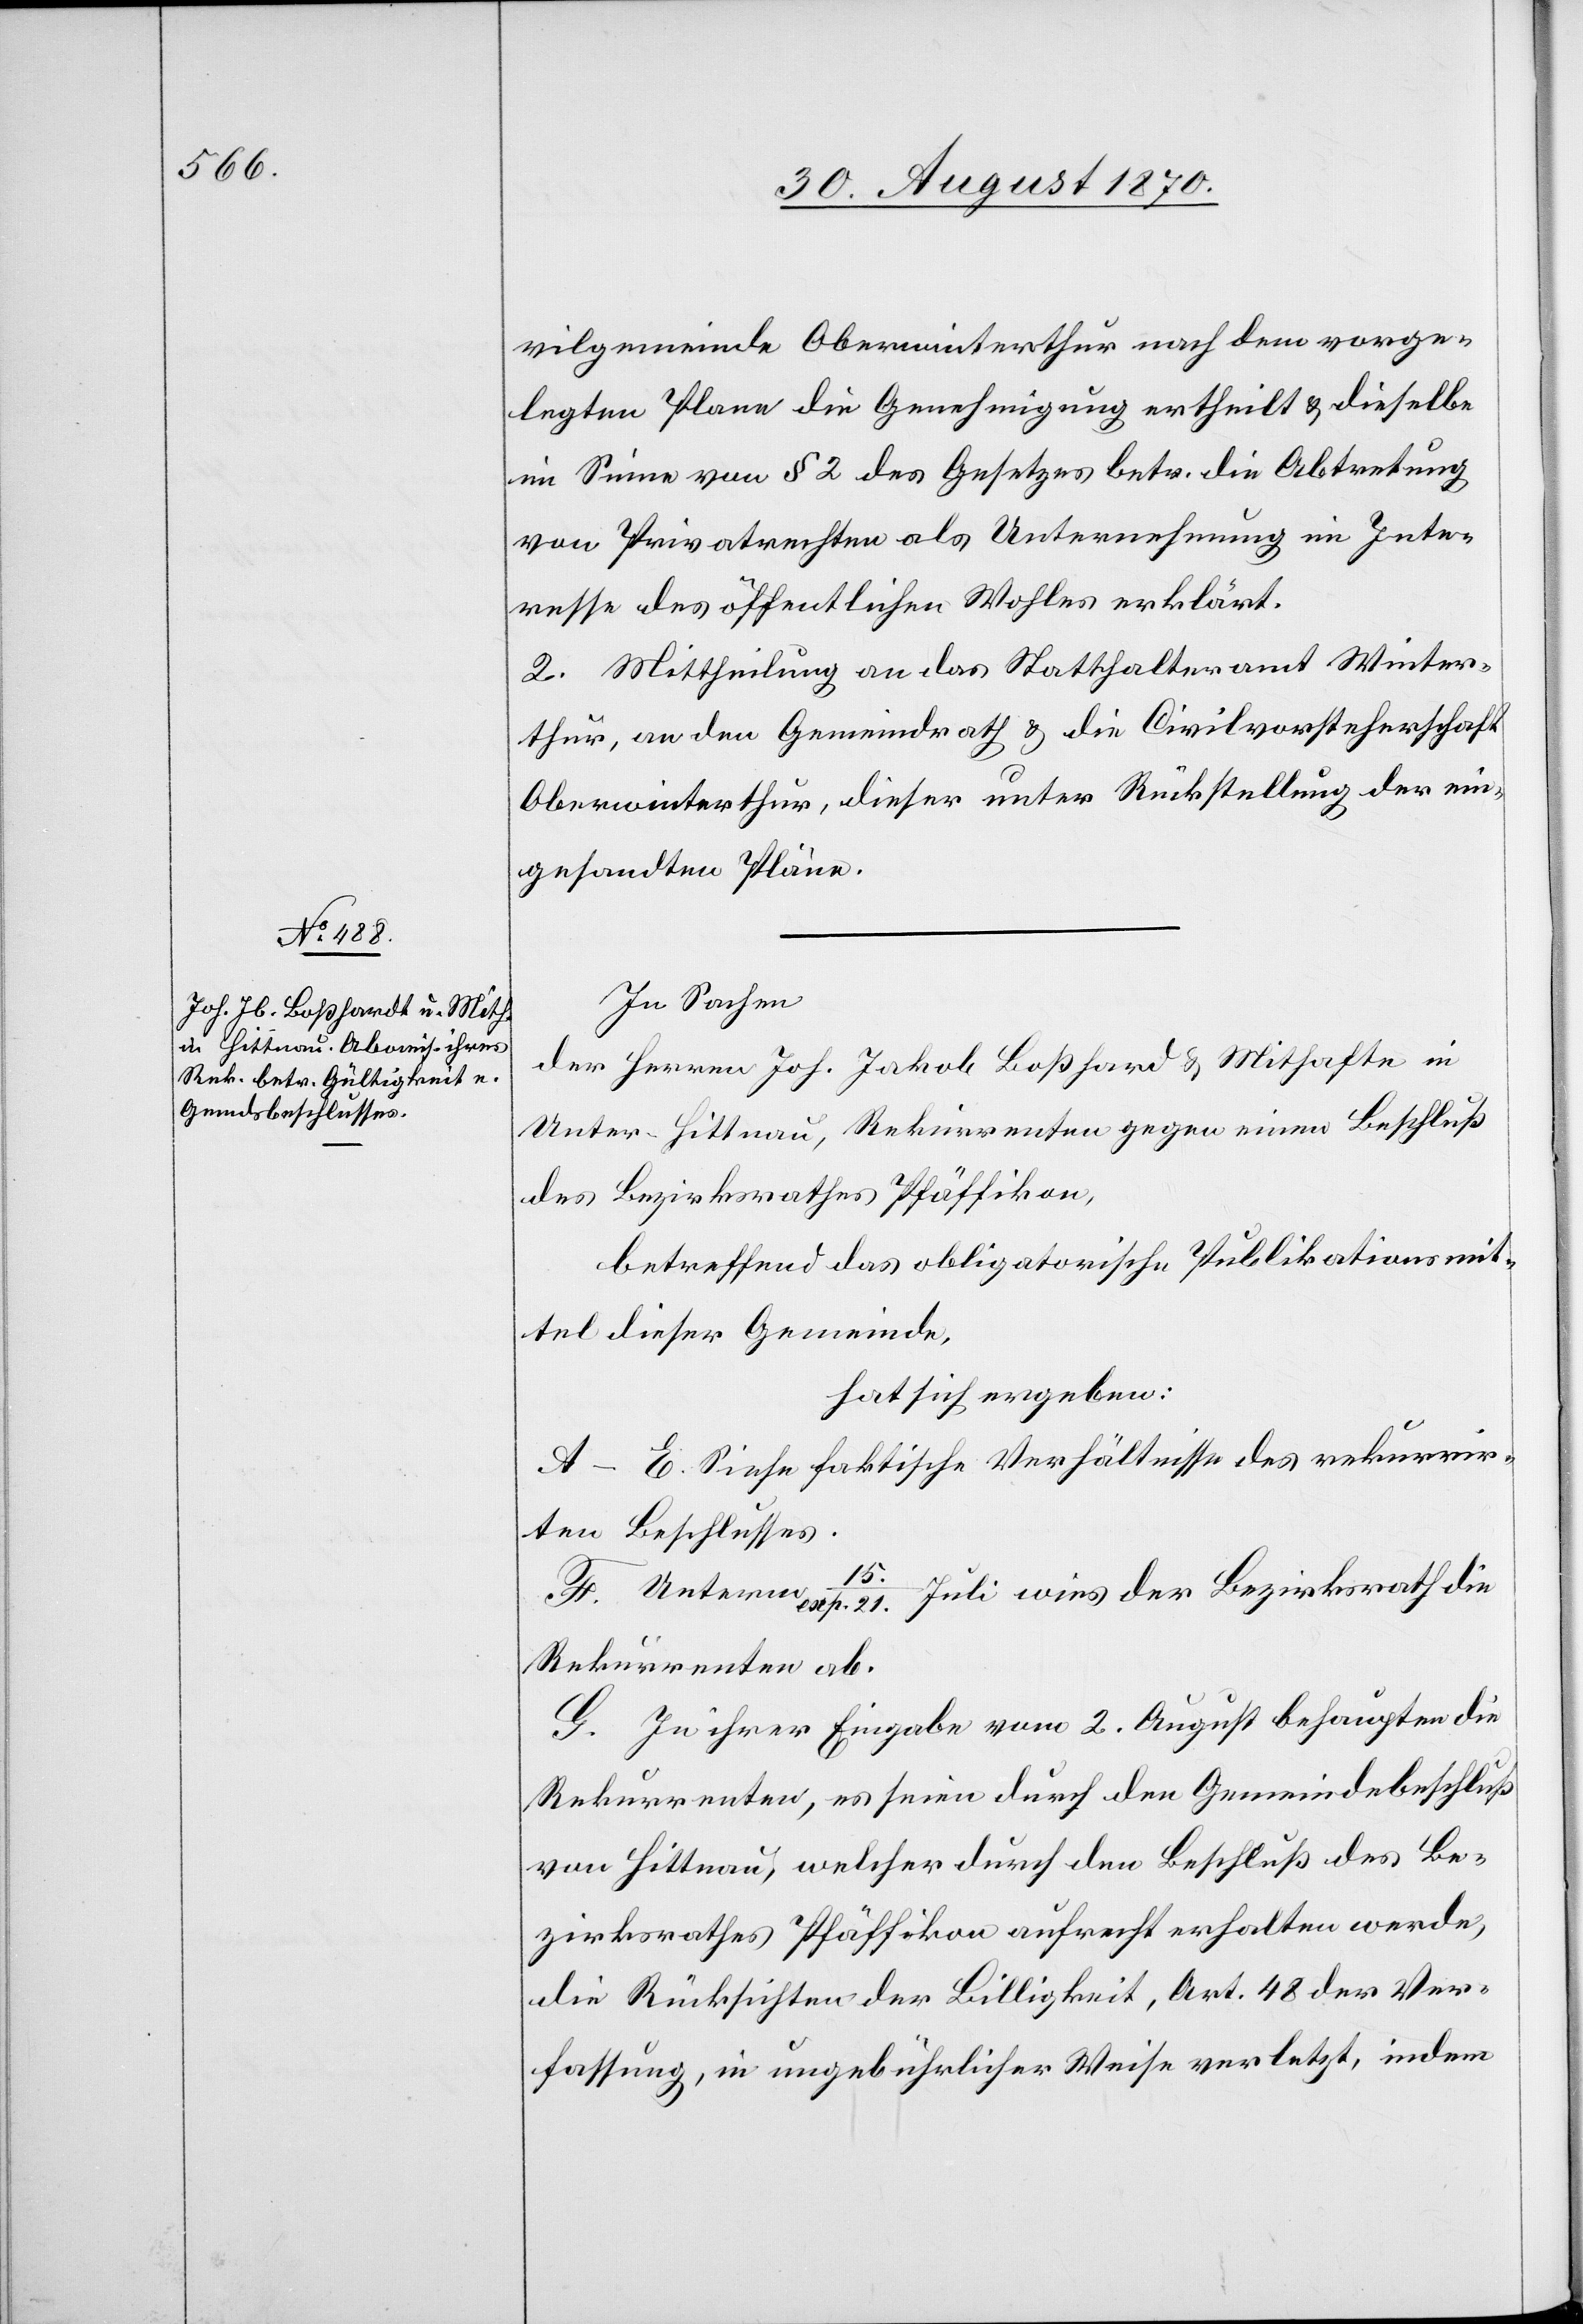
vilgemeinde Oberwinterthur nach dem vorge¬
legten Plane die Genehmigung ertheilt & dieselbe
im Sinne von § 2 des Gesetzes betr. die Abtretung
von Privatrechten als Unternehmung im Inte¬
resse des öffentlichen Wohles erklärt.
2. Mittheilung an das Statthalteramt Winter¬
thur, an den Gemeindrath & die Civilvorsteherschaft
Oberwinterthur, dieser unter Rückstellung der ein¬
gesandten Pläne.
In Sachen
der Herren Joh. Jakob Boßhard & Mithafte in
Unter-Hittnau, Rekurrenten gegen einen Beschluß
des Bezirksrathes Pfäffikon,
betreffend das obligatorische Publikationsmit¬
tel dieser Gemeinde,
hat sich ergeben:
A–E. Siehe faktische Verhältnisse des rekurrir¬
ten Beschlusses.
F. Unterm 15./exp. 21. Juli wies der Bezirksrath die
Rekurrenten ab.
G. In ihrer Eingabe vom 2. August behaupten die
Rekurrenten, es seien durch den Gemeindebeschluß
von Hittnau, welcher durch den Beschluß des Be¬
zirksrathes Pfäffikon aufrecht erhalten werde,
die Rücksichten der Billigkeit, Art. 48 der Ver¬
fassung, in ungebührlicher Weise verletzt, indem